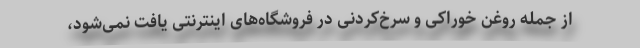
از جمله روغن خوراکی و سرخ‌کردنی در فروشگاه‌های اینترنتی یافت نمی‌شود،